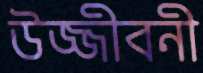
উজ্জীবনী